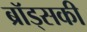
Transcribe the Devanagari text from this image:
ब्रॉड्सकी